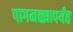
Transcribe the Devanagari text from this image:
पागमळ्यापर्यंत